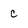
Character: c